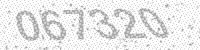
Solution: 067320